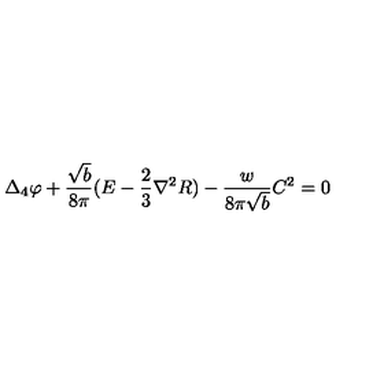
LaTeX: \Delta _ { 4 } \varphi + \frac { \sqrt { b } } { 8 \pi } ( E - \frac 2 3 { \nabla } ^ { 2 } R ) - \frac { w } { 8 \pi \sqrt { b } } C ^ { 2 } = 0